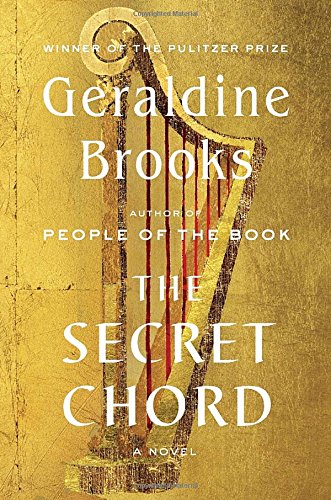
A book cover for The Secret Chord: A Novel; Geraldine Brooks; Literature & Fiction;